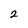
Character: 2